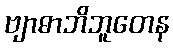
ဗျာဓာဘိဘူတေန